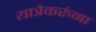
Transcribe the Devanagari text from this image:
यात्रेकरुंना